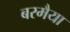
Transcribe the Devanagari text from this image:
बरमैया